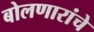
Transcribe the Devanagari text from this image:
बोलणारांचे